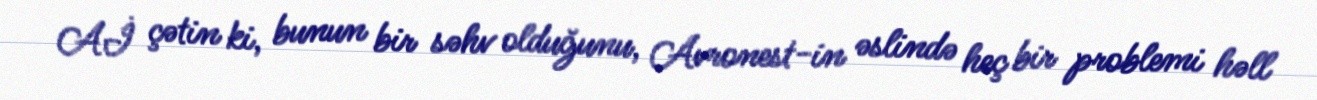
Aİ çətin ki, bunun bir səhv olduğunu, Avronest-in əslində heç bir problemi həll